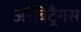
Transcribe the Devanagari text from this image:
अरैबिट्रैगस